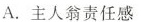
A.主人翁责任感